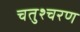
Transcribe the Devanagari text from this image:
चतुश्चरण